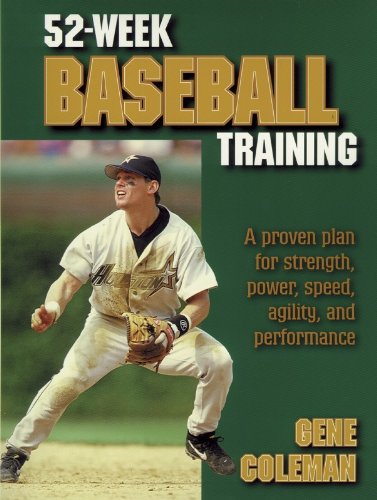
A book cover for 52-Week Baseball Training; A. Eugene Coleman; Sports & Outdoors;